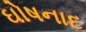
ઘોષનાદ